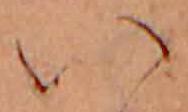
い